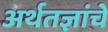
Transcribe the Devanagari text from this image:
अर्थतज्ञांचे